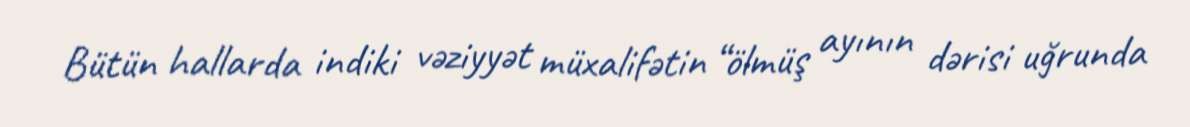
Bütün hallarda indiki vəziyyət müxalifətin “ölmüş ayının dərisi uğrunda